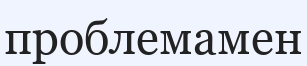
проблемамен